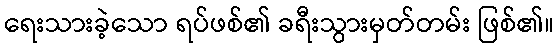
ရေးသားခဲ့သော ရပ်ဖစ်၏ ခရီးသွားမှတ်တမ်း ဖြစ်၏။